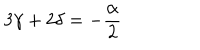
LaTeX: 3 \gamma + 2 \delta = - \frac { \alpha } { 2 }